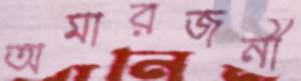
অমারজনী